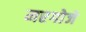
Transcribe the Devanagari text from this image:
मरगोजे